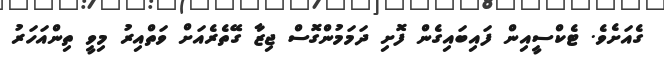
ގެއަށެވެ. ޓެކްސީއިން ފައިބައިގެން ފޮށި ދަމަމުންގޮސް ޖިޒާ ގޭތެރެއަށް ވަތްއިރު މިވީ ތިންއަހަރު